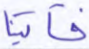
فآتينا